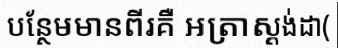
បន្ថែមមានពីរគឺ អត្រាស្តង់ដា(